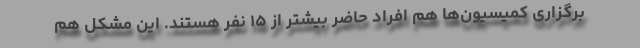
برگزاری کمیسیون‌ها هم افراد حاضر بیشتر از ۱۵ نفر هستند. این مشکل هم